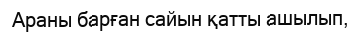
Араны барған сайын қатты ашылып,